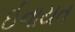
ઈનાયત